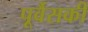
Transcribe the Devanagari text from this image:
पूर्वैसकी